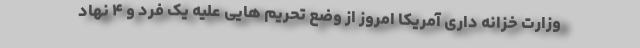
وزارت خزانه داری آمریکا امروز از وضع تحریم هایی علیه یک فرد و ۴ نهاد